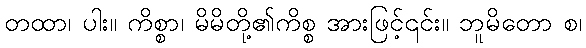
တထာ၊ ပါး။ ကိစ္စာ၊ မိမိတို့၏ကိစ္စ အားဖြင့်၎င်း။ ဘူမိတော စ၊